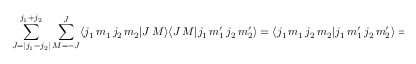
\sum _ { J = | j _ { 1 } - j _ { 2 } | } ^ { j _ { 1 } + j _ { 2 } } \sum _ { M = - J } ^ { J } \langle j _ { 1 } \, m _ { 1 } \, j _ { 2 } \, m _ { 2 } | J \, M \rangle \langle J \, M | j _ { 1 } \, m _ { 1 } ^ { \prime } \, j _ { 2 } \, m _ { 2 } ^ { \prime } \rangle = \langle j _ { 1 } \, m _ { 1 } \, j _ { 2 } \, m _ { 2 } | j _ { 1 } \, m _ { 1 } ^ { \prime } \, j _ { 2 } \, m _ { 2 } ^ { \prime } \rangle = \delta _ { m _ { 1 } , m _ { 1 } ^ { \prime } } \delta _ { m _ { 2 } , m _ { 2 } ^ { \prime } }